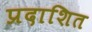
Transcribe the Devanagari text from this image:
प्रदाशित